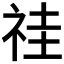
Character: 𥙞